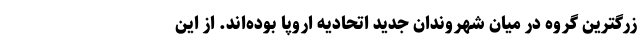
زرگترین گروه در میان شهروندان جدید اتحادیه اروپا بوده‌اند. از این